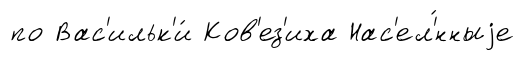
по Вас'ильк'и́ Ков'ез'иха Нас'ел'́нныjе